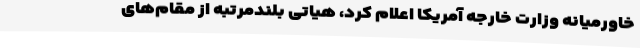
خاورمیانه وزارت خارجه آمریکا اعلام کرد، هیاتی بلندمرتبه از مقام‌های